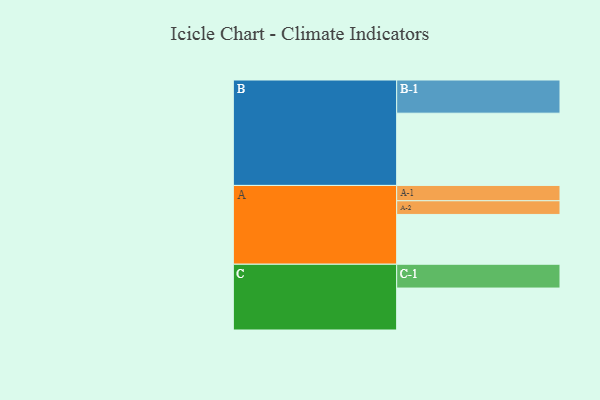
{"axis": {"x": "Segment", "y": "Value"}, "legend": ["", "A", "B", "C"], "data": [{"x": "A", "y": 393, "type": ""}, {"x": "B", "y": 570, "type": ""}, {"x": "C", "y": 331, "type": ""}, {"x": "A-1", "y": 121, "type": "A"}, {"x": "A-2", "y": 108, "type": "A"}, {"x": "B-1", "y": 262, "type": "B"}, {"x": "C-1", "y": 188, "type": "C"}]}